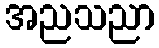
အညသညာ